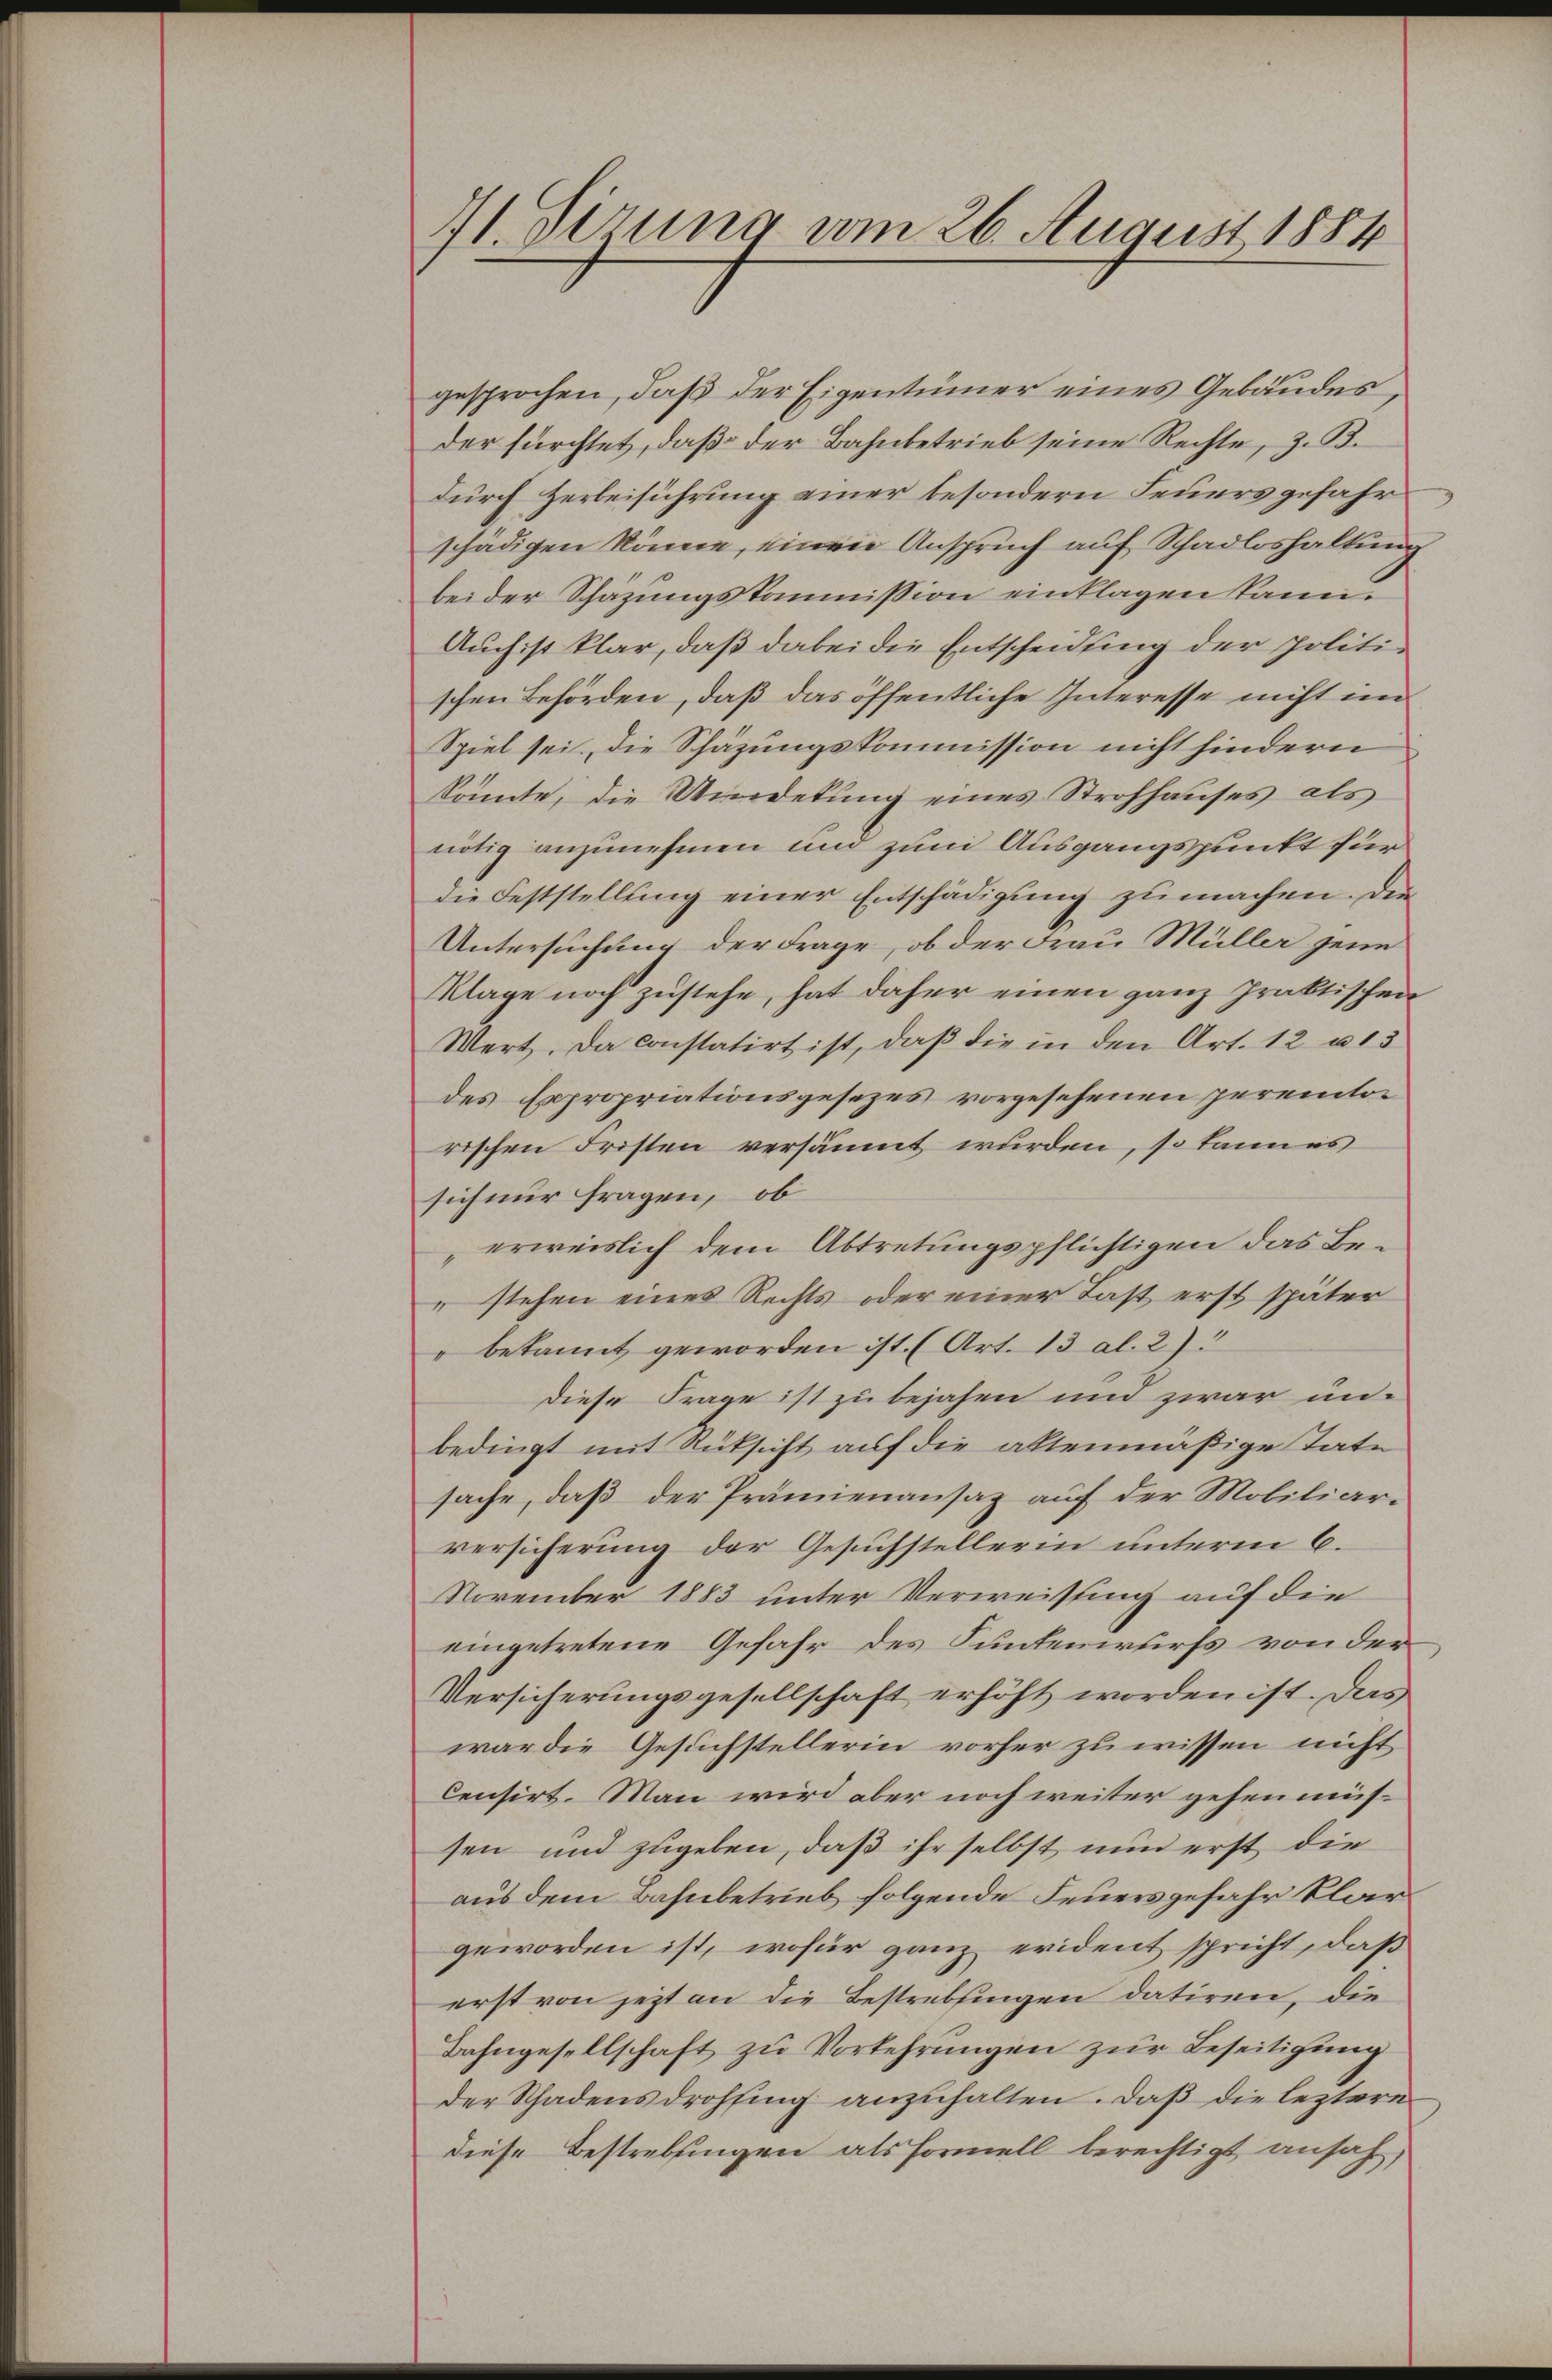
11. dirung vom 26. August 1884

gesprochen, daß der Eigentümer eines Gebäudes,
der fürchtet, daß der Bahnbetrieb seine Rechte, z. B.
durch Herbeiführung einer besondern Feuersgefahr
schädigen könne, einen Anspruch auf Schadloshaltung
beider Schazungskommission einklagen kann.
Auch ist klar, daß dabei die Entscheidung der politischen Behörden, daß das öffentliche Interesse nicht im
Spiel sei, die Schäzungskommission nicht hindern
könnte, die Wiedetung eines Strohhauses als
nötig anzunehmen und zum Ausgangspunkt für
die Feststellung einer Entschädigung zu machen. Den
Untersuchung der Frage, ob der Frau Müller jene
Klage noch zustehe, hat daher einen ganz praktischen
Wert. Da constatirt ist, daß die in den Art. 12 u. 13
des Expropriationsgesezes vorgesehenen peremtor
rischen Fristen versäumt wurden, so kann es
sich nur fragen, ob
erweislich dem Abtretungspflichtigen das Be¬
 stehen eines Rechts oder einer Last erst später
" bekannt geworden ist. (Art. 13 al. 2)
Diese Frage ist zu bejahen und zwar unbedingt mit Rüksicht auf die altenmäßige Tate
sache, daß der Prämienansaz auf der Mobiliarversicherung der Gesuchstellerin unterm 6.
November 1883 unter Verweisung auf die
eingetretene Gefahr des Funtenwurfs von der
Versicherungsgesellschaft erhöht worden ist. Das
war die Gesuchstellerin vorher zu wissen nicht
Censirt. Man wird aber noch weiter gehen müssen und zugeben, daß ihr selbst nun erst die
aus dem Bahnbetrieb folgende Feuersgefahr klar
geworden ist, wofür ganz evident spricht, daß
erst von jetzt an die Bestrebungen datiren, die
Bahngesellschaft zu Vorkehrungen zur Beseitigung
der Schadens drohsing anzuhalten. Daß die leztere
diese Bestrebsingen als Formell berechtigt ansah,